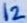
Text: 12